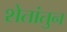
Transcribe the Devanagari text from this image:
शेतांतुन